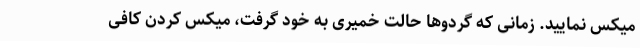
میکس نمایید. زمانی که گردوها حالت خمیری به خود گرفت، میکس کردن کافی